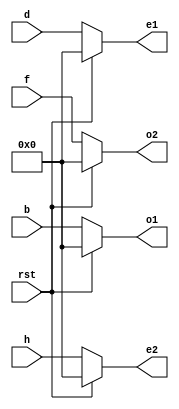
`timescale 1ns / 1ps
//////////////////////////////////////////////////////////////////////////////////
// Company: 
// Engineer: 
// 
// Design Name: 
// Module Name:    dct3 
// Project Name: 
// Target Devices: 
// Tool versions: 
// Description: 
//
// Dependencies: 
//
// Revision: 
// Revision 0.01 - File Created
// Additional Comments: 
//
//////////////////////////////////////////////////////////////////////////////////
module dct3(
input [7:0] b,d,f,h,
input rst,
output reg [7:0] o1, output reg [7:0] o2,
output reg [7:0] e1, output reg [7:0] e2 
);
always@(b,d,f,h,rst)
begin
  if(rst)
  begin 
   o1<=0;
	o2<=0;
	e1<=0;
	e2<=0;
	end
else 
  begin
   o1<=b;
   o2<=f;
   e1<=d;
   e2<=h;
end
end
endmodule